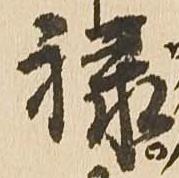
禄